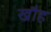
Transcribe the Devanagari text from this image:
खौह